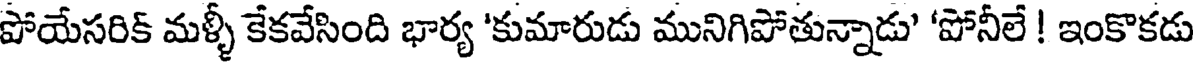
పోయేసరిక్ మళ్ళీ కేకవేసింది భార్య 'కుమారుడు మునిగిపోతున్నాడు' 'పోనీలే ! ఇంకొకడు